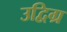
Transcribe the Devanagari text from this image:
उद्विग्र